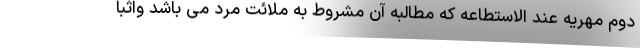
دوم مهریه عند الاستطاعه که مطالبه آن مشروط به ملائت مرد می باشد واثبا